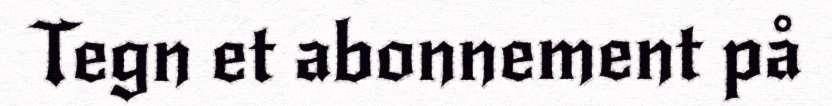
Tegn et abonnement på